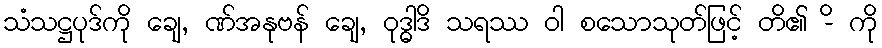
သံသဋ္ဌပုဒ်ကို ချေ, ဏ်အနုဗန် ချေ, ဝုဒ္ဓါဒိ သရဿ ဝါ စသောသုတ်ဖြင့် တိ၏ -ိ ကို